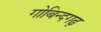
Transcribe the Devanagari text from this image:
गोबिन्दगढ़